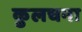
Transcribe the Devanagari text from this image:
कुलचना